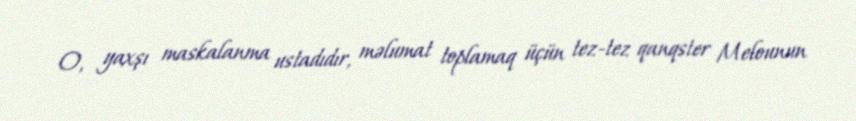
O, yaxşı maskalanma ustadıdır, məlumat toplamaq üçün tez-tez qanqster Melounun